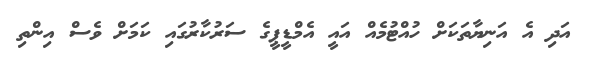
އަދި އެ އަނިޔާތަކަށް ހުއްޓުމެއް އައީ އެމްޑީޕީގެ ސަރުކާރުގައި ކަމަށް ވެސް އިންތި